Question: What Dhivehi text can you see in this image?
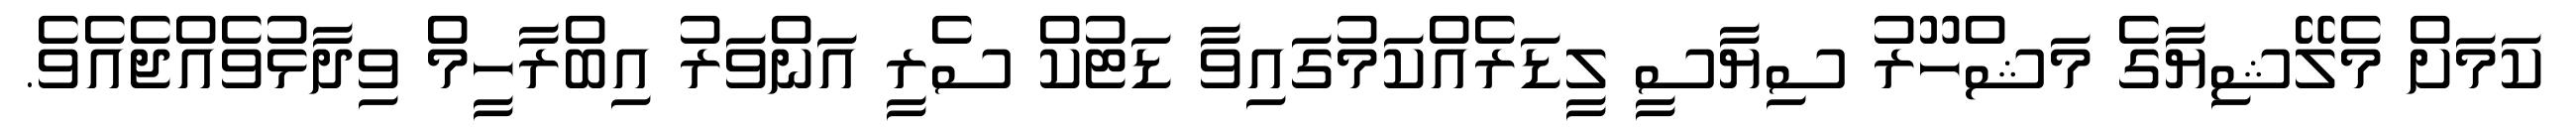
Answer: ކަމަށް މެލޭޝިޔާގެ މަޝްހޫރު ސިޔާސީ ލީޑަރެއްކަމުގައިވާ ޑަޓުކް ސެރީ އަންވަރު އިބްރާހީމް ވިދާޅުވެއްޖެއެވެ.